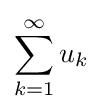
\sum _{k=1}^{\infty }u_{k}